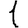
Digit: 1